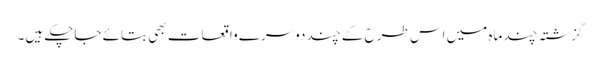
گزشتہ چند ماہ میں اس طرح کے چند دوسرے واقعات بھی بتائے جاچکے ہیں۔